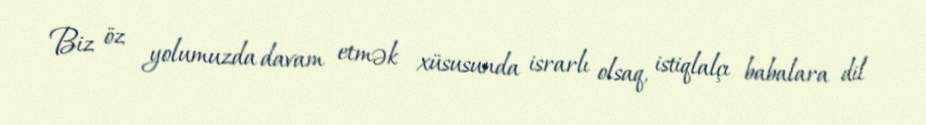
Biz öz yolumuzda davam etmək xüsusunda israrlı olsaq, istiqlalçı babalara dil